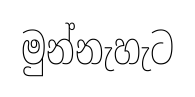
මුන්නැහැට